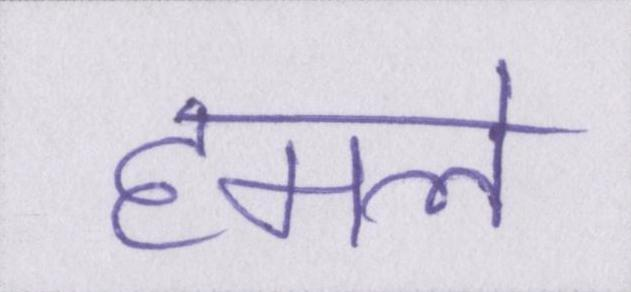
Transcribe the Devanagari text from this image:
हमले